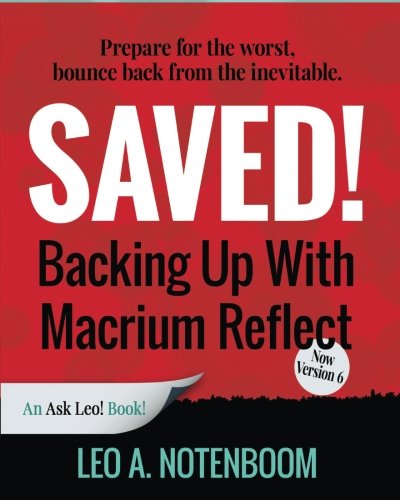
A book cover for Saved! Backing Up With Macrium Reflect - 2nd Edition: Prepare for the worst - Recover from the inevitable; Leo A Notenboom; Computers & Technology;